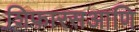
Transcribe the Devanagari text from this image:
शिफारसआणि